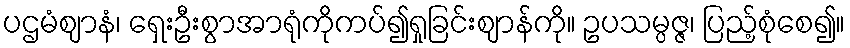
ပဌမံဈာနံ၊ ရှေးဦးစွာအာရုံကိုကပ်၍ရှုခြင်းဈာန်ကို။ ဥပသမ္ပဇ္ဇ၊ ပြည့်စုံစေ၍။